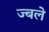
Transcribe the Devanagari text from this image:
ज्बले